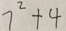
7 ^ { 2 } + 4